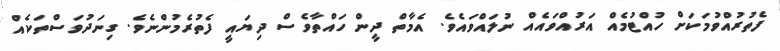
ފެތުރުއްވުމަކަށް ހުއްޓުމެއް އަރުއްވައެއް ނުލައްވައެވެ. އެމާތް ދީން ހައްތާވެސް ދިޔައީ ފެތުރެމުންނެވެ. ގިނަދުވަސްތަކެއް